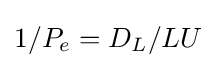
1/P_{e}=D_{L}/LU